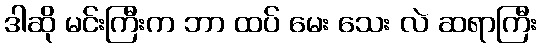
ဒါဆို မင်းကြီးက ဘာ ထပ် မေး သေး လဲ ဆရာကြီး